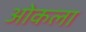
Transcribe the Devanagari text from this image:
ओकला